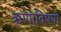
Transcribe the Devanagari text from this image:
ऋणाविषयी